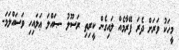
މީހަކު ވަރަށް ދެރަ ފޭރާމެއް ލައިގެން ކީރިތި ރަސޫލު -ޞައްލަ ޢަލައިހި ވަސައްލަމަ-